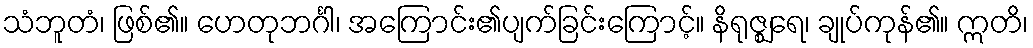
သံဘူတံ၊ ဖြစ်၏။ ဟေတုဘင်္ဂါ၊ အကြောင်း၏ပျက်ခြင်းကြောင့်။ နိရုဇ္ဈရေ၊ ချုပ်ကုန်၏။ ဣတိ၊